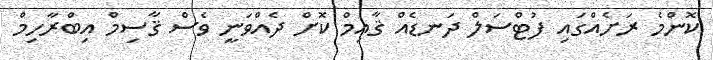
ކޮންމެ ރަށެއްގައި ފުޓްސަލް ދަނޑެއްް ޤާއިމް ކޮށް ދެއްވަނީ ވެސް ޤާސިމް އިބްރާހިމް